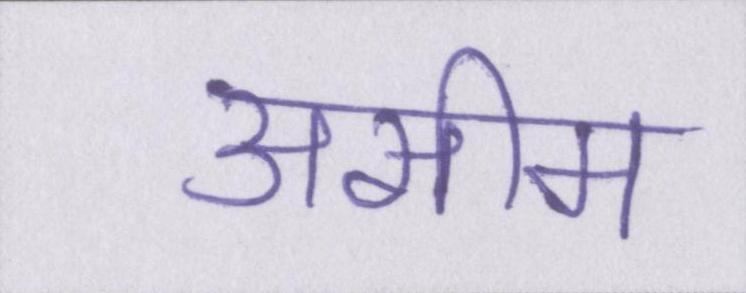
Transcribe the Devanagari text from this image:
असीम